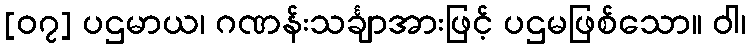
[၀၇] ပဌမာယ၊ ဂဏန်းသင်္ချာအားဖြင့် ပဌမဖြစ်သော။ ဝါ၊